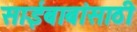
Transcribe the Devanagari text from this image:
साईबाबांसाठी